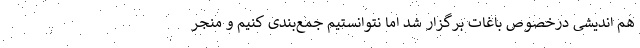
هم اندیشی درخصوص باغات برگزار شد اما نتوانستیم جمع‌بندی کنیم و منجر